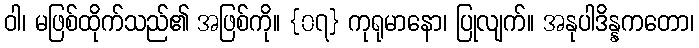
ဝါ၊ မဖြစ်ထိုက်သည်၏ အဖြစ်ကို။ {၀၇} ကုရုမာနော၊ ပြုလျက်။ အနုပါဒိန္နကတော၊